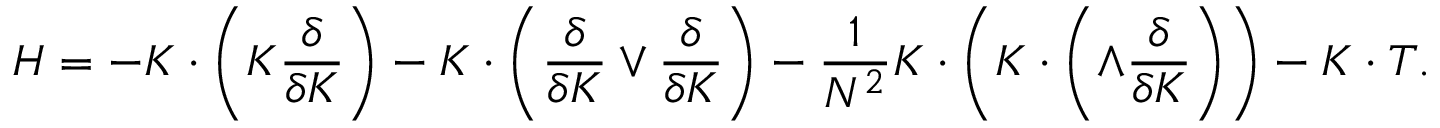
{ \cal H } = - K \cdot \left( { \cal K } \frac { \delta } { \delta K } \right) - K \cdot \left( \frac { \delta } { \delta K } \vee \frac { \delta } { \delta K } \right) - \frac { 1 } { N ^ { 2 } } K \cdot \left( K \cdot \left( \wedge \frac { \delta } { \delta K } \right) \right) - K \cdot T .